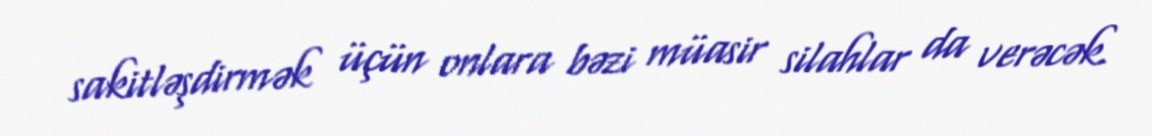
sakitləşdirmək üçün onlara bəzi müasir silahlar da verəcək.